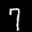
Label: 7